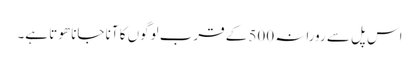
اس پل سے رورانہ 500 کے قرب لوگوں کا آنا جانا ھوتا ہے۔